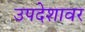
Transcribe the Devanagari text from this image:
उपदेशावर